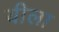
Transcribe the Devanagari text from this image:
यीला